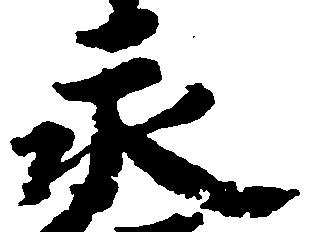
永